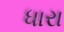
ધારા